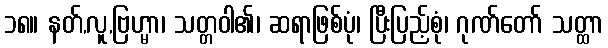
၁၈။ နတ်,လူ,ဗြဟ္မာ၊ သတ္တဝါ၏၊ ဆရာဖြစ်ပုံ၊ ပြီးပြည့်စုံ၊ ဂုဏ်တော် သတ္ထာ